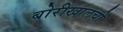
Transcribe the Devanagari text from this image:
बोरीखालची